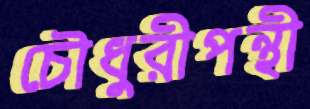
চৌধুরীপন্থী